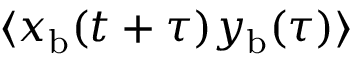
\langle x _ { \mathrm { b } } ( t + \tau ) y _ { \mathrm { b } } ( \tau ) \rangle